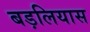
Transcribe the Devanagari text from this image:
बड़लियास